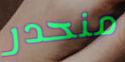
منحدر